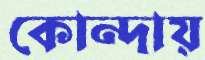
কোন্দায়